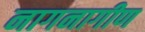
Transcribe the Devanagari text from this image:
नागनागीण